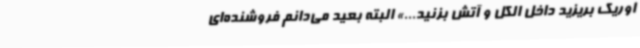
اوریک بریزید داخل الکل و آتش بزنید...» البته بعید می‌دانم فروشنده‌ای